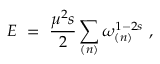
E \ = \ \frac { \mu ^ { 2 } s } { 2 } \sum _ { ( n ) } \omega _ { ( n ) } ^ { 1 - 2 s } \ ,